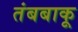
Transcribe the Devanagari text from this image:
तंबबाकू